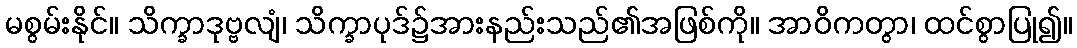
မစွမ်းနိုင်။ သိက္ခာဒုဗ္ဗလျံ၊ သိက္ခာပုဒ်၌အားနည်းသည်၏အဖြစ်ကို။ အာဝိကတွာ၊ ထင်စွာပြု၍။